Problem: 12 × 9 = ?
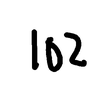
Handwritten answer: 102